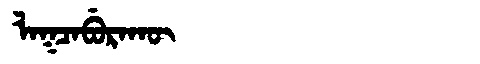
Manchu: ᠯᠠᡴᠴᠠᠪᡠᡵᠠᡴᡡ
Romanization: LAKCABURAKŪ